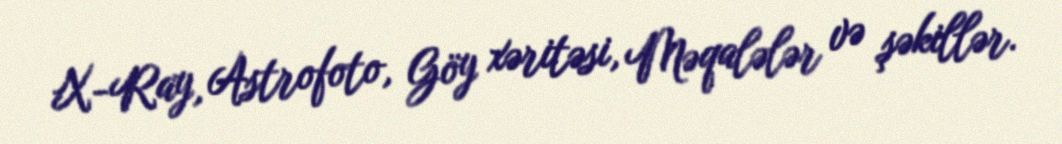
X-Ray, Astrofoto, Göy xəritəsi, Məqalələr və şəkillər.